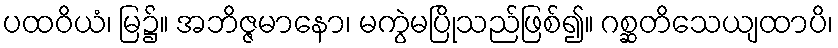
ပထဝိယံ၊ မြ၌။ အဘိဇ္ဇမာနော၊ မကွဲမပြိုသည်ဖြစ်၍။ ဂစ္ဆတိသေယျထာပိ၊